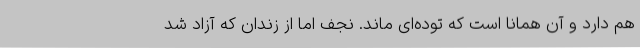
هم دارد و آن همانا است که توده‌ای ماند. نجف اما از زندان که آزاد شد